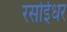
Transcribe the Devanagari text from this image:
रसोईधर